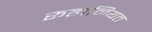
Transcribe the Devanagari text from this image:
रूहानियत